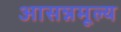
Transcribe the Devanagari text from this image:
आसन्नमूल्य